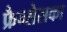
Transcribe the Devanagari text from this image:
फ्रैन्सेसका